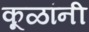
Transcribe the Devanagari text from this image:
कूळांनी